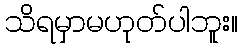
သိရမှာမဟုတ်ပါဘူး။